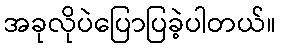
အခုလိုပဲပြောပြခဲ့ပါတယ်။